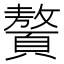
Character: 𩕀